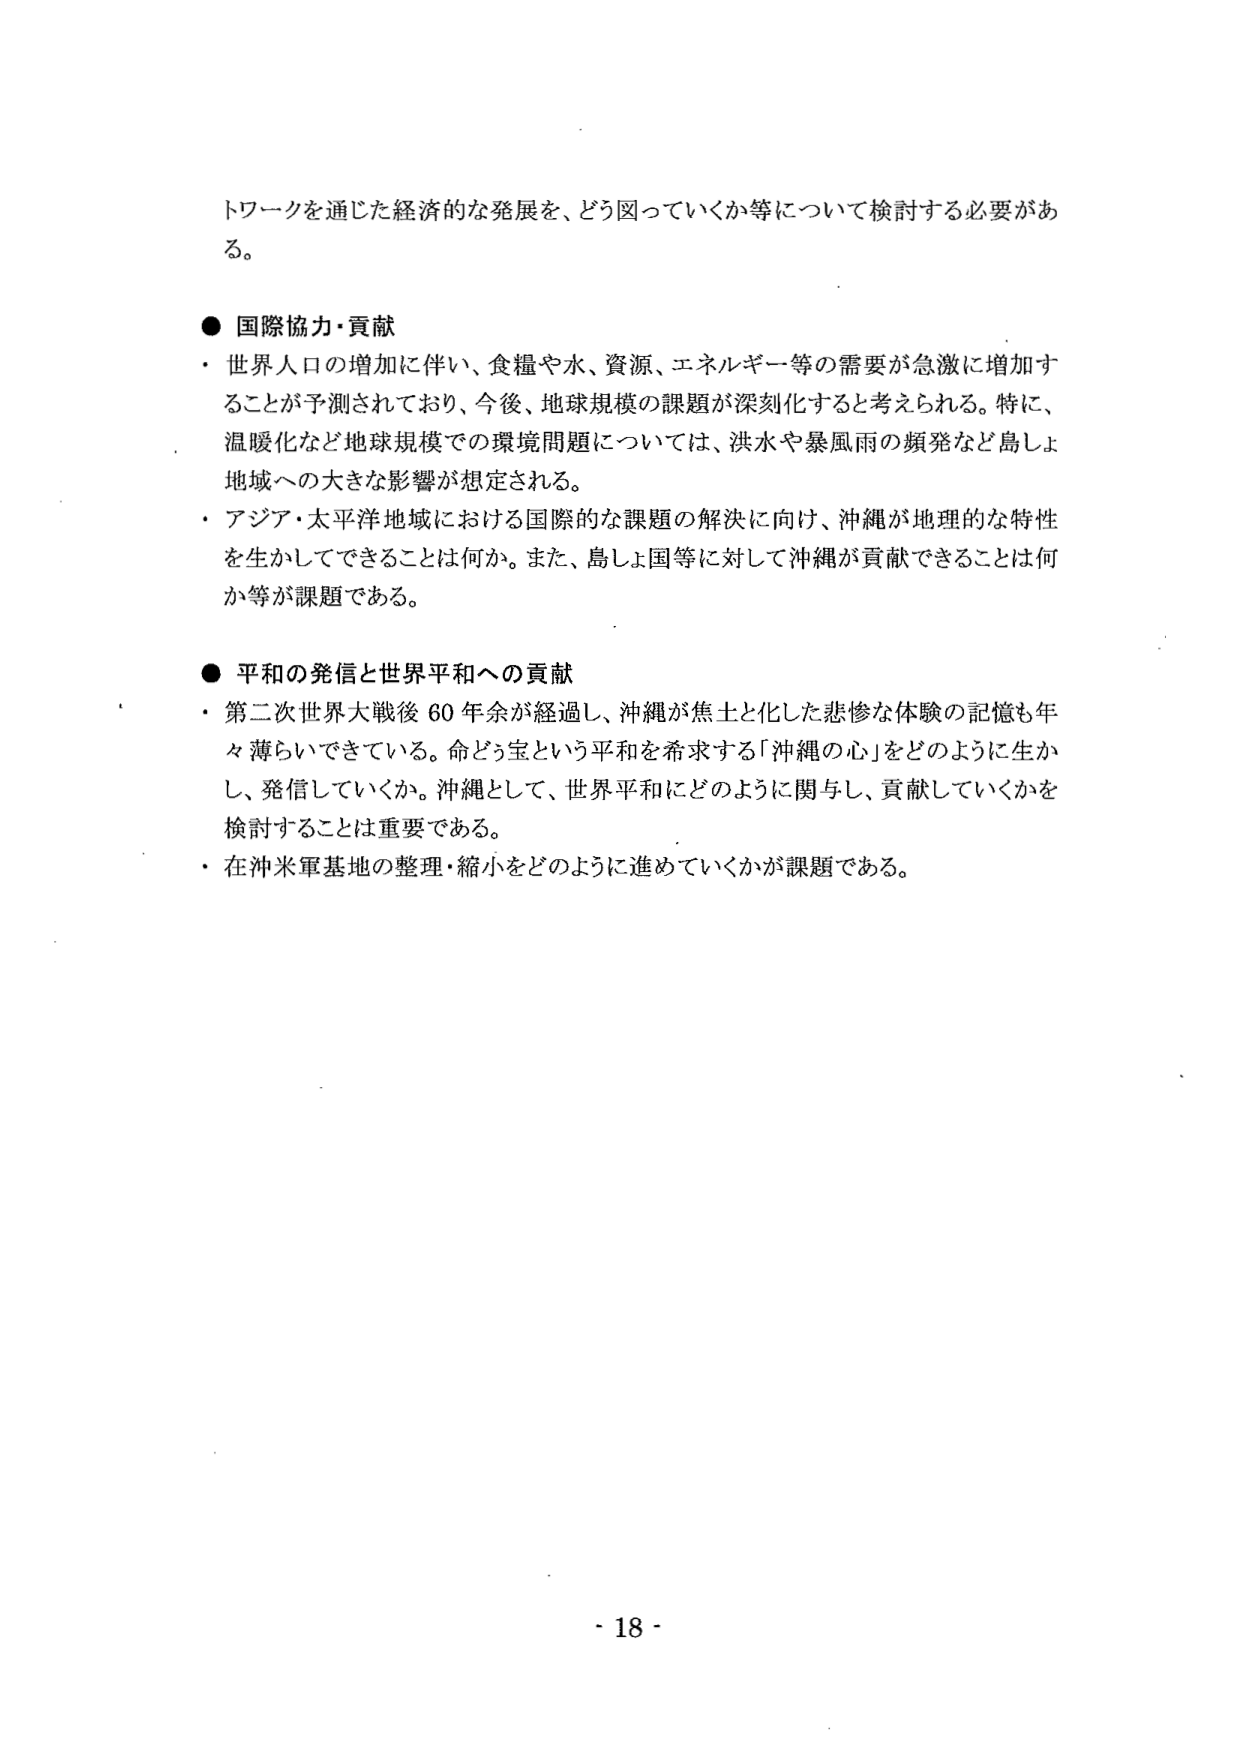
トワークを通じた経済的な発展を、どう図っていくか等について検討する必要がある。

● 国際協力・貢献
・ 世界人口の増加に伴い、食糧や水、資源、エネルギー等の需要が急激に増加することが予測されており、今後、地球規模の課題が深刻化すると考えられる。特に、温暖化など地球規模での環境問題については、洪水や暴風雨の頻発など島しょ地域への大きな影響が想定される。
・ アジア・太平洋地域における国際的な課題の解決に向け、沖縄が地理的な特性を生かしてできることとは何か。また、島しょ国等に対して沖縄が貢献できることとは何か等が課題である。

● 平和の発信と世界平和への貢献
・ 第二次世界大戦後 60 年余が経過し、沖縄が焦土と化した悲惨な体験の記憶も年々薄らいできている。命どぅ宝という平和を希求する「沖縄の心」をどのように生かし、発信していくか。沖縄として、世界平和にどのように関与し、貢献していくかを検討することは重要である。
・ 在沖米軍基地の整理・縮小をどのように進めていくかが課題である。

- 18 -